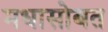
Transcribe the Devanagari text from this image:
मधासोबत